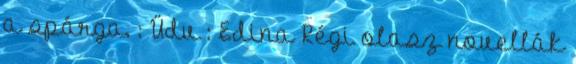
a spárga. : Üdv : Edina Régi olasz novellák